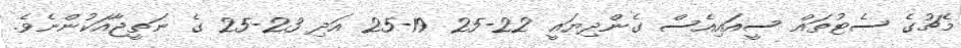
މެޗުގެ ސެޓުތައް ސީއައިއެސް ގެންދިޔައީ 22-25 19-25 އަދި 23-25 ގެ ނަތީޖާއަކުންނެވެ.